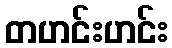
တဟင်းဟင်း